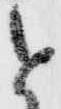
と